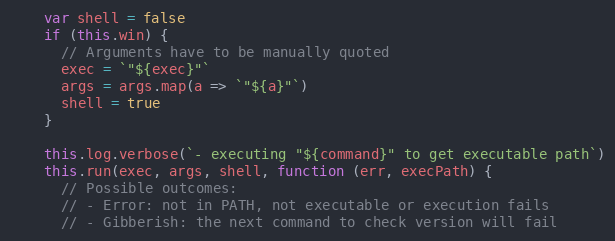
Language: JavaScript
    var shell = false
    if (this.win) {
      // Arguments have to be manually quoted
      exec = `"${exec}"`
      args = args.map(a => `"${a}"`)
      shell = true
    }

    this.log.verbose(`- executing "${command}" to get executable path`)
    this.run(exec, args, shell, function (err, execPath) {
      // Possible outcomes:
      // - Error: not in PATH, not executable or execution fails
      // - Gibberish: the next command to check version will fail